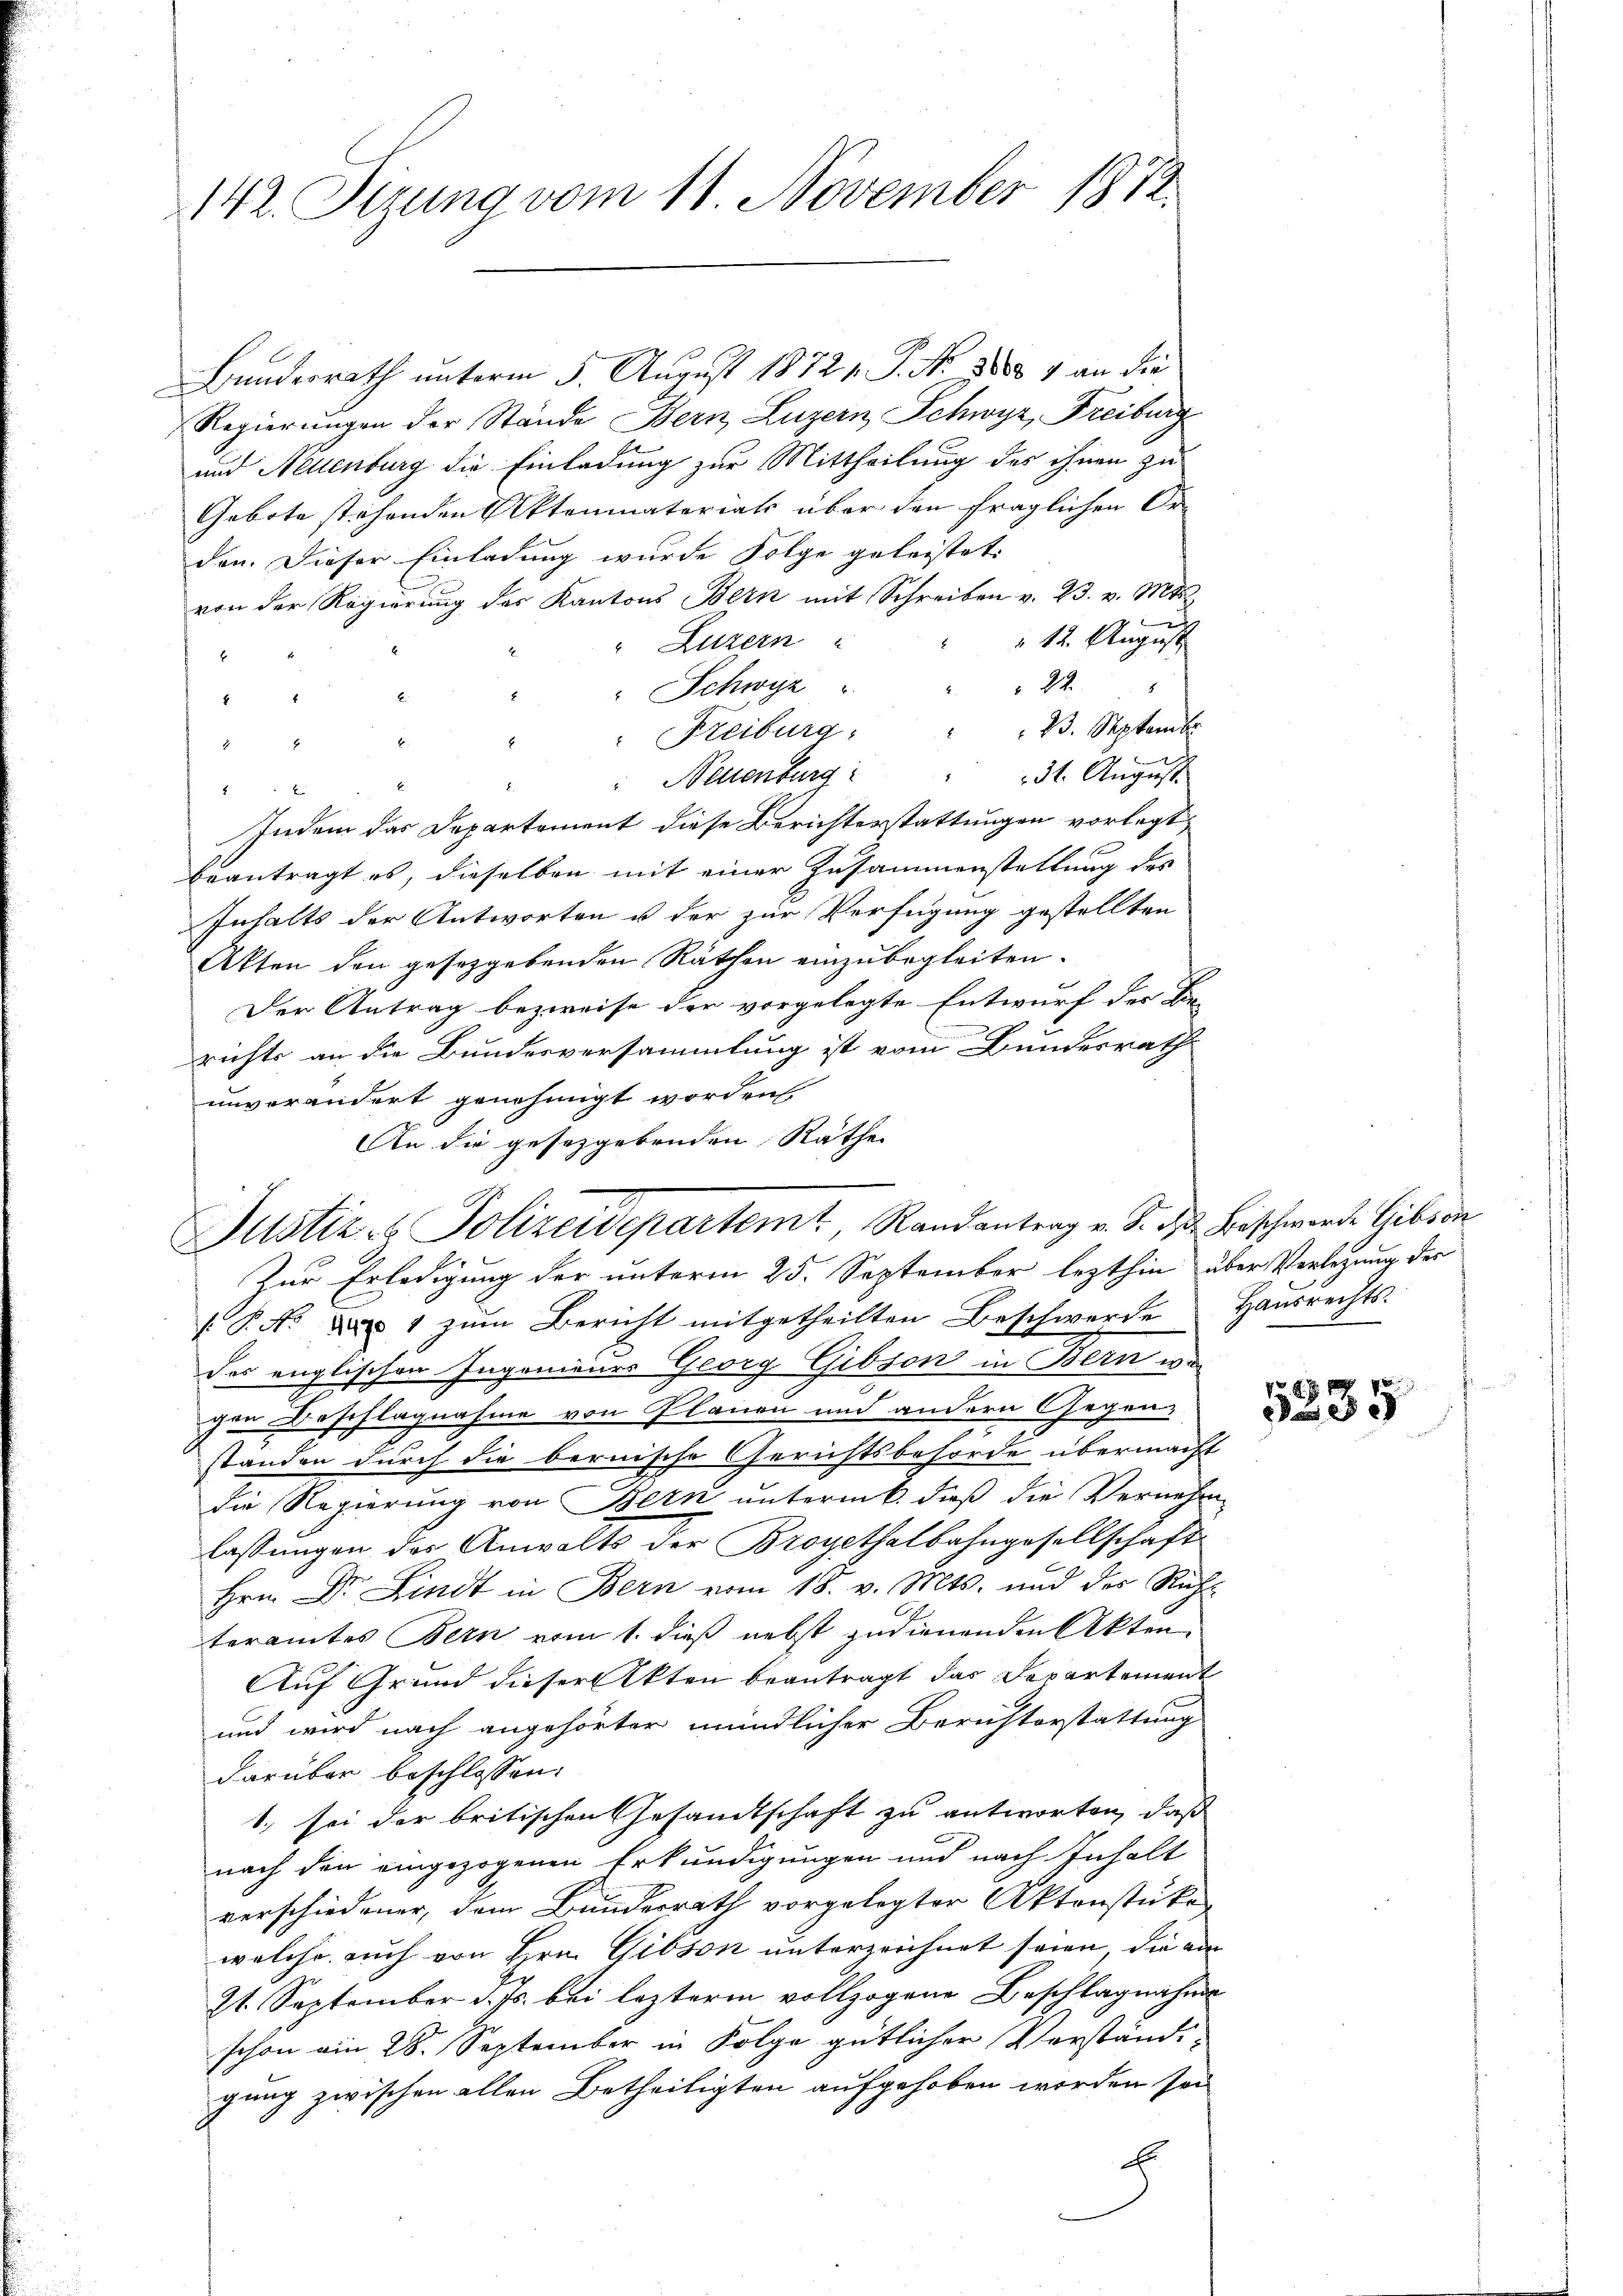
142. Segung vom 11. November 1872.

Bundesrath unterm 5. August 18721. P. Nr. 8800 & an die
Regierungen der Stände Bern, Luzern, Schwyz, Freiburg
und Neuenburg die Einladung zur Mittheilung des ihnen zu
Gebote stehenden Aktenmateriats über den fraglichen Or-
den. Dieser Einladung wurde Folge geleistet.
von der Regierung des Kantons Bern mit Schreiben v. 23. v. Mts.

 12. August
" Luzern
2
24.
" Schwyz
2
45 x
" Freiburg: " " 23. September
x
2
E
" Neuenburg " " " 31. Aŭgŭst
S

Indem das Departement diese Berichterstattungen vorlegt,
beantragt es, dieselben mit einer Zusammenstellung des
Inhalts der Antworten u der zur Verfügung gestellten
Akten den gesetzgebenden Räthen einzubegleiten.
Der Antrag bezweife der vorgelegte Entwurf der Be-
richts an die Bundesversammlung ist vom Bundesrath
unverändert genehmigt worden.
An die gesetzgebenden Räthe
Zur Erledigung der unterm 25. September lezthin über Verlegung der
 P. Nr. 1 zŭm Bericht mitgetheilten Beschwerde Haŭsrechts-
des englischen Ingenieurs Georg Gibson in Bern wir
gen Beschlagnahme von Planen und andern Gegen-
standen durch die bernische Gerichtsbehörde übermacht
die Regierung von Bern unterm 6. dieß die Vernehm
lassungen des Anwalts der Broyethalbahngesellschaft
Hrn. Dr. Lindt in Bern vom 18. v. Mts. und des Richteramtes Bern vom 1. dieß nebst zudienenden Akten
Auf Grund dieser Akten beantragt das Departement
und wird nach angehörter mündlicher Beruhterstattung
darüber beschlossen:
1., sei der britischen Gesandtschaft zu antworten, daß
nach den eingezogenen Erkundigungen und nach Inhalt
verschiedener, dem Bundesrath vorgelegter Aktenstücke
welche auch von Hrn. Gibson unterzeichnet seien, die ein
21. September d. Js. bei lezterm vollzogene Beschlagnahme
schon am 28. September in Folge gütlicher Verständi-
gung zwischen allen Betheiligten aufgehoben werden sei
E

Justiz- & Polizeidepartemt, Randantrag v. S. d. Beschwerde Gibson

5235